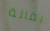
بقالة